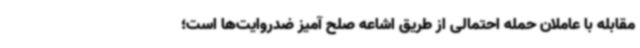
مقابله با عاملان حمله احتمالی از طریق اشاعه صلح آمیز ضدروایت‌ها است؛